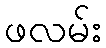
ဖလမ်း